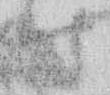
時